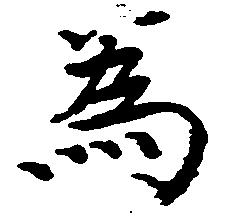
為